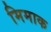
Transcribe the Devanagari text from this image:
मिमाक